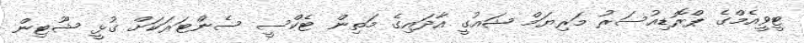
ޓީވީއެމްގެ ޕްރޮޑިއުސަރު މަރިޔަމް ޝައުގީ އާދައިގެ މަތިން ޓެކްސީ ސެންޓަރަކަށް ގުޅީ ޝޫޓިން